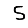
Digit: 5